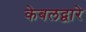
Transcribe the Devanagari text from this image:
केबलद्वारे